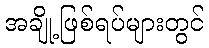
အချို့ဖြစ်ရပ်များတွင်